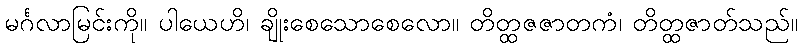
မင်္ဂလာမြင်းကို။ ပါယေဟိ၊ ချိုးစေသောစေလော။ တိတ္ထဇဇာတကံ၊ တိတ္ထဇာတ်သည်။